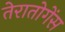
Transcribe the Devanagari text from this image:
तेरातोगेंस